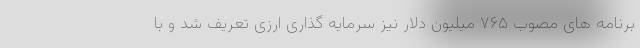
برنامه های مصوب ۷۶۵ میلیون دلار نیز سرمایه گذاری ارزی تعریف شد و با